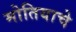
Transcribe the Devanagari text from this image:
मोतियाचे